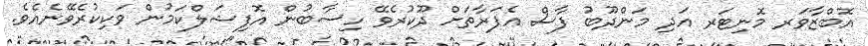
އޮބްޒާވަރ މޮނިޓަރ އަދި މަންދޫބު ފާސް އެފަރާތަށް ދޫކުރެވޭ ހިސާބުން އޮފިޝަލްކަމުން ވަކިކުރެވޭނެއެވެ.